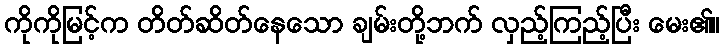
ကိုကိုမြင့်က တိတ်ဆိတ်နေသော ချမ်းတို့ဘက် လှည့်ကြည့်ပြီး မေး၏။